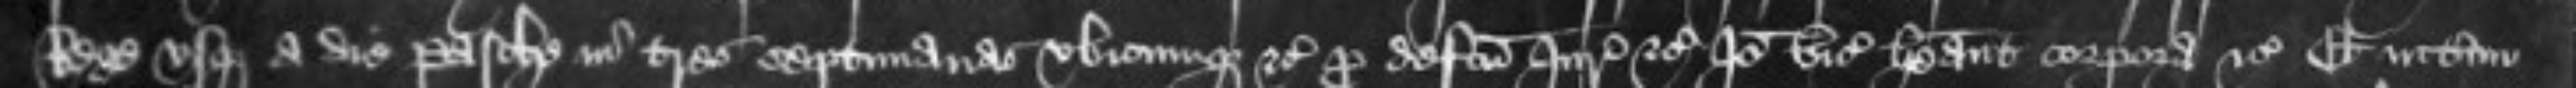
Rege usque a die Pasche in tres septimanas ubicunque etc pro defectu Juratorum etc Ideo vicecomites habeant corpora etc Et interim